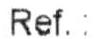
REF.: